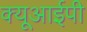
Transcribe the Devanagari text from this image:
क्यूआईपी